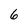
Character: 6